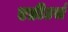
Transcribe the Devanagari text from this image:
एडीटर्स